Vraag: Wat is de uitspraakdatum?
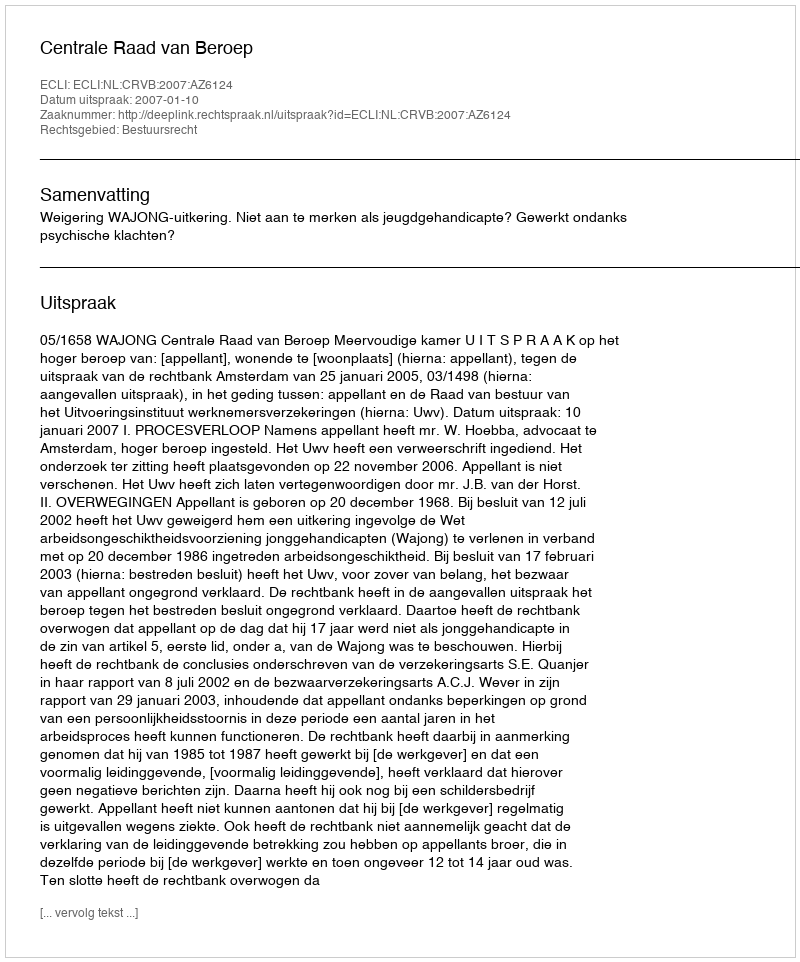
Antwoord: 2007-01-10